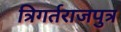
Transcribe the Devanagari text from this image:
त्रिगर्तराजपुत्र